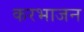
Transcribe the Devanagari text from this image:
करभाजन